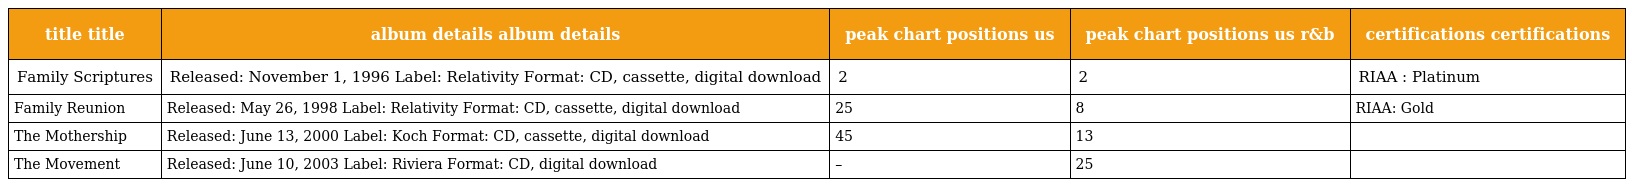
| title title | album details album details | peak chart positions us | peak chart positions us r&b | certifications certifications |
 | --- | --- | --- | --- | --- |
 | Family Scriptures | Released: November 1, 1996 Label: Relativity Format: CD, cassette, digital download | 2 | 2 | RIAA : Platinum |
 | Family Reunion | Released: May 26, 1998 Label: Relativity Format: CD, cassette, digital download | 25 | 8 | RIAA: Gold |
 | The Mothership | Released: June 13, 2000 Label: Koch Format: CD, cassette, digital download | 45 | 13 |  |
 | The Movement | Released: June 10, 2003 Label: Riviera Format: CD, digital download | – | 25 |  |